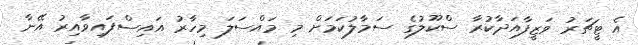
އެ ޓީޗަރު ވަޒީފާއަދާކުރާ ސްކޫލުގެ ސަމާލުކަމަށް މި މައްސަލަ މިހާރު އައިސްފައިވާއިރު އޭނާ